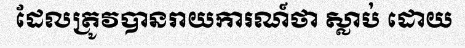
ដែលត្រូវបានរាយការណ៍ថា ស្លាប់ ដោយ